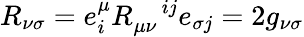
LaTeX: R_{\nu\sigma}=e_{i}^{\mu}R_{\mu\nu}^{\quad ij}e_{\sigma j}=2g_{\nu\sigma}